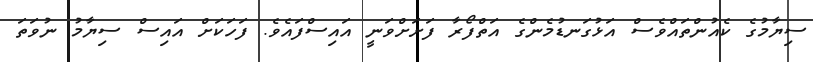
ސިޔާމުގެ ކެއުންތައްވެސް އަޅުގަނޑުމެންގެ އަތްފޯރާ ފަށަށްވަނީ އައިސްފައެވެ. ފަހަކަށް އައިސް ސިޔާމު ނުވަތަ